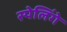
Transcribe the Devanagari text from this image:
स्पेलिंगे